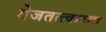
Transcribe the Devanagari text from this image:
तेजतत्त्वाच्या